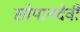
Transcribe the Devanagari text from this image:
सोपानदेवी